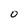
Character: 0